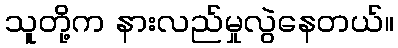
သူတို့က နားလည်မှုလွဲနေတယ်။